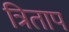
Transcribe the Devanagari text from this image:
त्रिताप